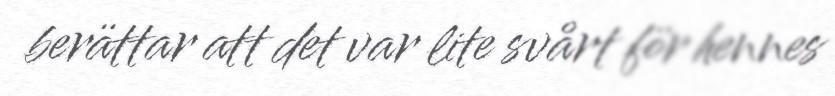
berättar att det var lite svårt för hennes